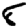
Digit: 8